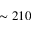
\sim 2 1 0